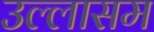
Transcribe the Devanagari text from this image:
उल्लासम